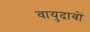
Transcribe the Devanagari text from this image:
वायुदाबों